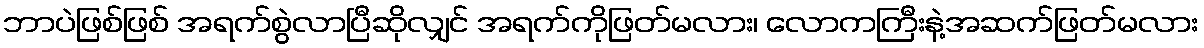
ဘာပဲဖြစ်ဖြစ် အရက်စွဲလာပြီဆိုလျှင် အရက်ကိုဖြတ်မလား၊ လောကကြီးနဲ့အဆက်ဖြတ်မလား